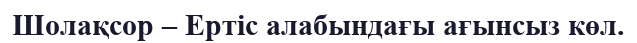
Шолақсор – Ертіс алабындағы ағынсыз көл.